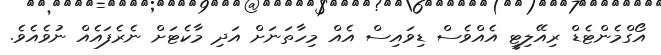
އޯގްމެންޓެޑް ރިއޭލިޓީ އެއްވެސް ޑިވައިސް އެއް މިހާތަނަށް އަދި މާކެޓަށް ނެރެފައެއް ނުވެއެވެ.